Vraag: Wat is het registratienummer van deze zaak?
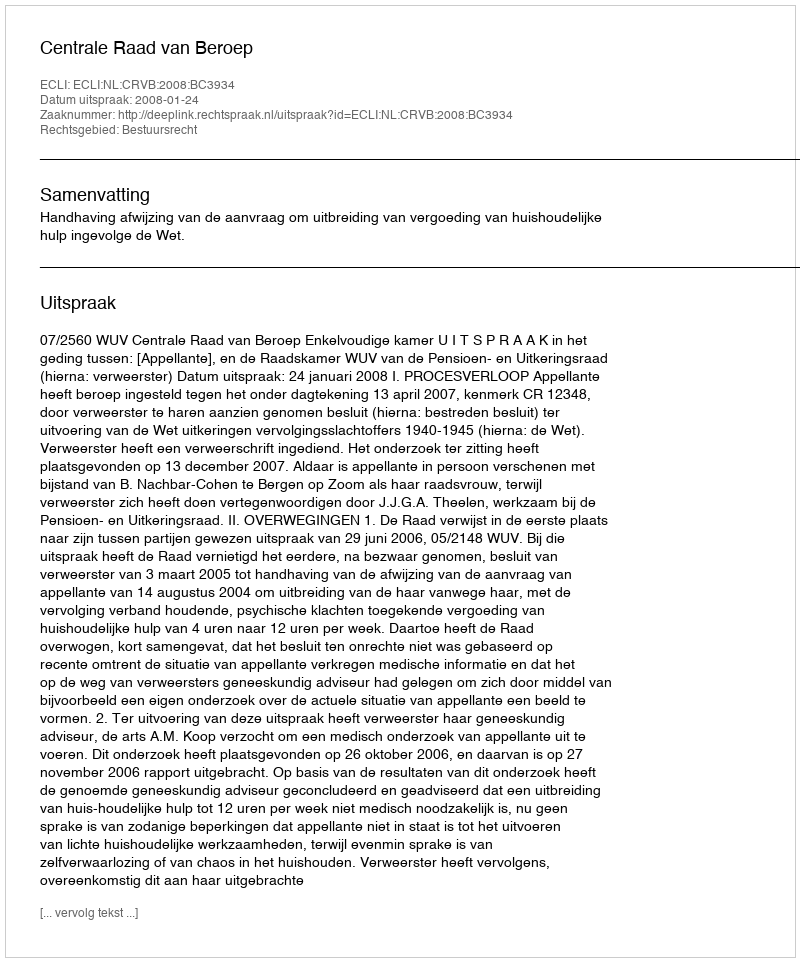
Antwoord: http://deeplink.rechtspraak.nl/uitspraak?id=ECLI:NL:CRVB:2008:BC3934